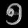
Digit: ၅